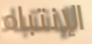
الإنتباه